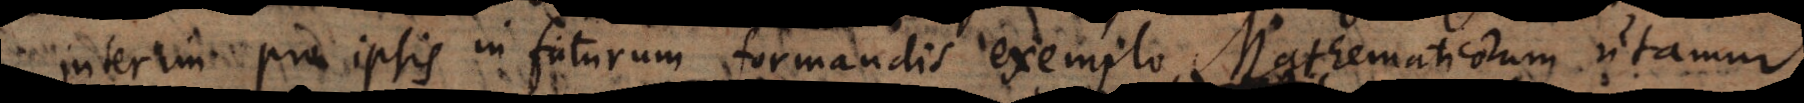
nterim pro ipsis in futurum formandis exemplo Mathematicorum utamur